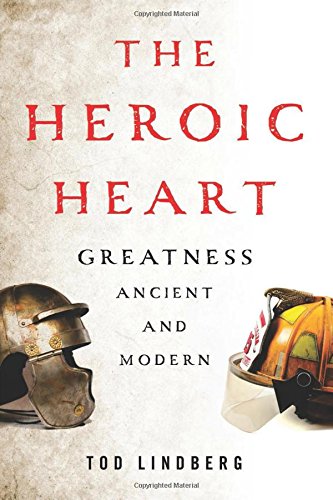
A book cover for The Heroic Heart: Greatness Ancient and Modern; Tod Lindberg; History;